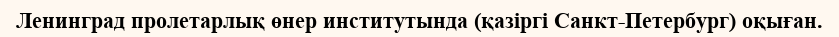
Ленинград пролетарлық өнер институтында (қазіргі Санкт-Петербург) оқыған.